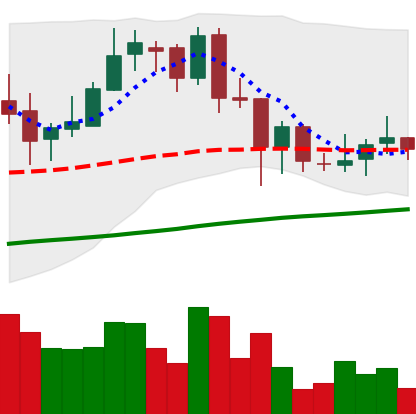
Ticker: BNB-USD
Chart end date: 2018-07-01
Forward return: -6.071%
Label: down_5_7